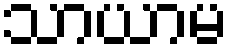
သာယာမ